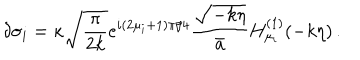
LaTeX: \delta \sigma _ { i } = \kappa \sqrt { { \frac { \pi } { 2 k } } } e ^ { i ( 2 \mu _ { i } + 1 ) \pi / 4 } { \frac { \sqrt { - k \eta } } { \bar { a } } } H _ { \mu _ { i } } ^ { ( 1 ) } ( - k \eta ) \, .